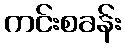
ကင်းစခန်း